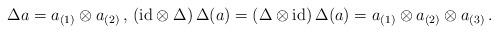
LaTeX: \begin{align*}\Delta a = a_{(1)} \otimes a_{(2)} \, , \, ({\rm id} \otimes \Delta) \, \Delta (a) = (\Delta \otimes {\rm id}) \, \Delta (a) = a_{(1)} \otimes a_{(2)} \otimes a_{(3)} \, . \end{align*}